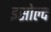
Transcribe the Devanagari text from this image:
इसोल्द